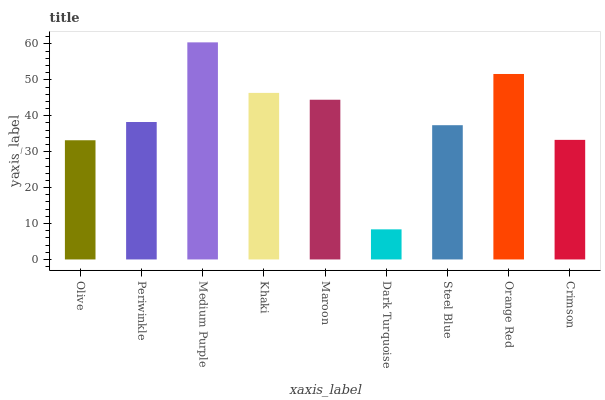
| xaxis_label | bars |
 | --- | --- |
 | Olive | 33.2 |
 | Periwinkle | 38.3 |
 | Medium Purple | 60.4 |
 | Khaki | 46.4 |
 | Maroon | 44.5 |
 | Dark Turquoise | 8.38 |
 | Steel Blue | 37.4 |
 | Orange Red | 51.6 |
 | Crimson | 33.3 |